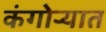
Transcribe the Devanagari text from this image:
कंगोऱ्यात